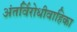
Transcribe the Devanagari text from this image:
अंतर्विरोधीवाहिका